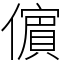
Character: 𭀀